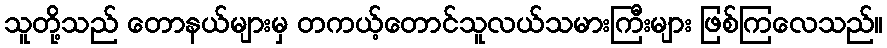
သူတို့သည် တောနယ်များမှ တကယ့်တောင်သူလယ်သမားကြီးများ ဖြစ်ကြလေသည်။